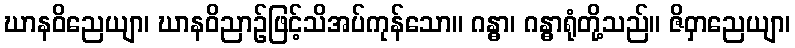
ဃာနဝိညေယျာ၊ ဃာနဝိညာဉ်ဖြင့်သိအပ်ကုန်သော။ ဂန္ဓာ၊ ဂန္ဓာရုံတို့သည်။ ဇိဝှာညေယျာ၊